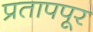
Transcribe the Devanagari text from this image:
प्रतापपूर